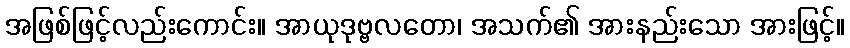
အဖြစ်ဖြင့်လည်းကောင်း။ အာယုဒုဗ္ဗလတော၊ အသက်၏ အားနည်းသော အားဖြင့်။